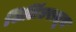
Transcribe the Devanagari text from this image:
सिलिंडरातून